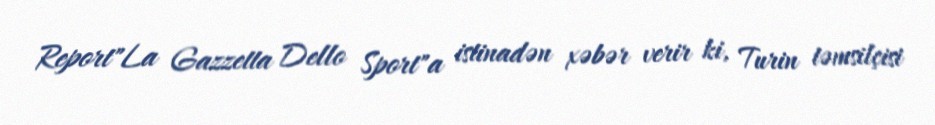
Report"La Gazzetta Dello Sport"a istinadən xəbər verir ki, Turin təmsilçisi